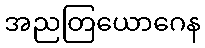
အညတြယောဂေန